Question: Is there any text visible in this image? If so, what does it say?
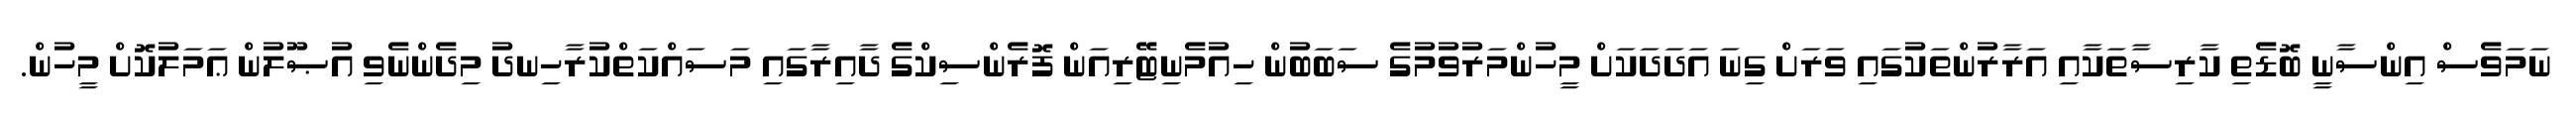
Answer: ނަމަވެސް އިންސާނީ ބޮޑެތި ކާރިސާތަކާއި އަރާރުންތަކުގައި ވަރަށް ގިނަ އަދަދަކަށް މީހުންމަރުވުމުގެ ސަބަބުން ހިއުމެނިޓޭރިއަން ފޮރެންސިކްގެ ދާއިރާގައި މަސައްކަތްކުރާހިނދު މިދެންނެވި އުޞޫލުން ޢަމަލުކޮށް މީހުން.